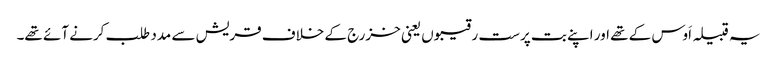
یہ قبیلہ اَوس کے تھے اور اپنے بت پرست رقیبوں یعنی خزرج کے خلاف قریش سے مدد طلب کرنے آئے تھے۔